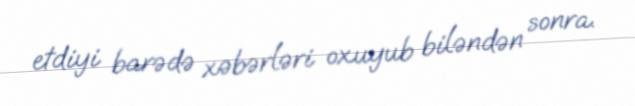
etdiyi barədə xəbərləri oxuyub biləndən sonra.